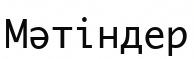
Мәтіндер